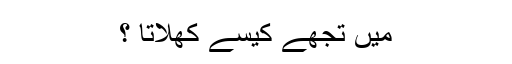
میں تجھے کیسے کھلاتا ؟